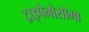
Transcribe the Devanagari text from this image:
ट्राइपेनोसोमा